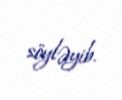
söyləyib.